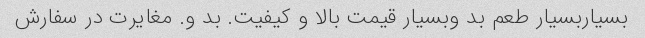
بسیاربسیار طعم بد وبسیار قیمت بالا و کیفیت. بد و. مغایرت در سفارش